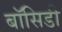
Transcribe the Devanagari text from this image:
बॉसिडी